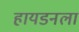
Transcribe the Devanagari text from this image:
हायडनला